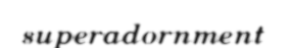
superadornment